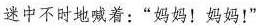
迷中不时地喊着：“妈妈！妈妈！”